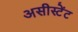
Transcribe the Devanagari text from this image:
असीस्टेंट